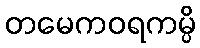
တမေကဝရကမ္ပိ